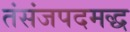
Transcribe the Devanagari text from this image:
तंसंजपदमद्ध